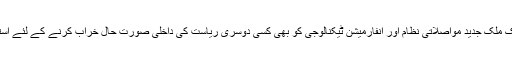
بعض اوقات ایک ملک جدید مواصلاتی نظام اور انفارمیشن ٹیکنالوجی کو بھی کسی دوسری ریاست کی داخلی صورت حال خراب کرنے کے لئے استعمال کرتا ہے۔